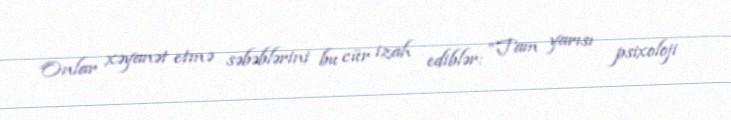
Onlar xəyanət etmə səbəblərini bu cür izah ediblər: “Tam yarısı psixoloji